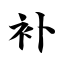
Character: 补